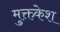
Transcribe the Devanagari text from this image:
मुक्तकेश